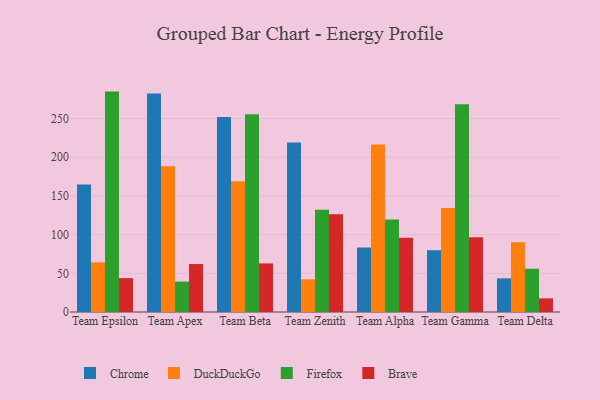
{"axis": {"x": "Team", "y": "Budget (USD K)"}, "legend": ["Brave", "Chrome", "DuckDuckGo", "Firefox"], "data": [{"x": "Team Epsilon", "y": 164.8, "type": "Chrome"}, {"x": "Team Epsilon", "y": 64.1, "type": "DuckDuckGo"}, {"x": "Team Epsilon", "y": 284.9, "type": "Firefox"}, {"x": "Team Epsilon", "y": 43.8, "type": "Brave"}, {"x": "Team Apex", "y": 282.5, "type": "Chrome"}, {"x": "Team Apex", "y": 188.4, "type": "DuckDuckGo"}, {"x": "Team Apex", "y": 39.3, "type": "Firefox"}, {"x": "Team Apex", "y": 62.0, "type": "Brave"}, {"x": "Team Beta", "y": 252.2, "type": "Chrome"}, {"x": "Team Beta", "y": 168.9, "type": "DuckDuckGo"}, {"x": "Team Beta", "y": 255.6, "type": "Firefox"}, {"x": "Team Beta", "y": 62.8, "type": "Brave"}, {"x": "Team Zenith", "y": 219.1, "type": "Chrome"}, {"x": "Team Zenith", "y": 42.3, "type": "DuckDuckGo"}, {"x": "Team Zenith", "y": 132.1, "type": "Firefox"}, {"x": "Team Zenith", "y": 126.5, "type": "Brave"}, {"x": "Team Alpha", "y": 83.5, "type": "Chrome"}, {"x": "Team Alpha", "y": 216.5, "type": "DuckDuckGo"}, {"x": "Team Alpha", "y": 119.5, "type": "Firefox"}, {"x": "Team Alpha", "y": 96.0, "type": "Brave"}, {"x": "Team Gamma", "y": 79.9, "type": "Chrome"}, {"x": "Team Gamma", "y": 134.3, "type": "DuckDuckGo"}, {"x": "Team Gamma", "y": 268.6, "type": "Firefox"}, {"x": "Team Gamma", "y": 96.5, "type": "Brave"}, {"x": "Team Delta", "y": 43.5, "type": "Chrome"}, {"x": "Team Delta", "y": 90.2, "type": "DuckDuckGo"}, {"x": "Team Delta", "y": 55.9, "type": "Firefox"}, {"x": "Team Delta", "y": 17.6, "type": "Brave"}]}